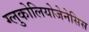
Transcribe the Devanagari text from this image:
ग्लुकोलियोजेनेसिस